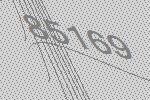
85169